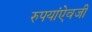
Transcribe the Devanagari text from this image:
रुपयांऐवजी